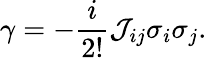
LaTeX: {\gamma}=-\frac{i}{2!}{\cal J}_{ij}{\sigma}_{i}{\sigma}_{j}.